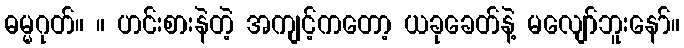
ဓမ္မဂုတ်။ ။ ဟင်းစားနဲတဲ့ အကျင့်ကတော့ ယခုခေတ်နဲ့ မလျော်ဘူးနော်။